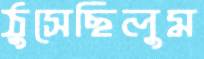
ঠুসেছিলুম